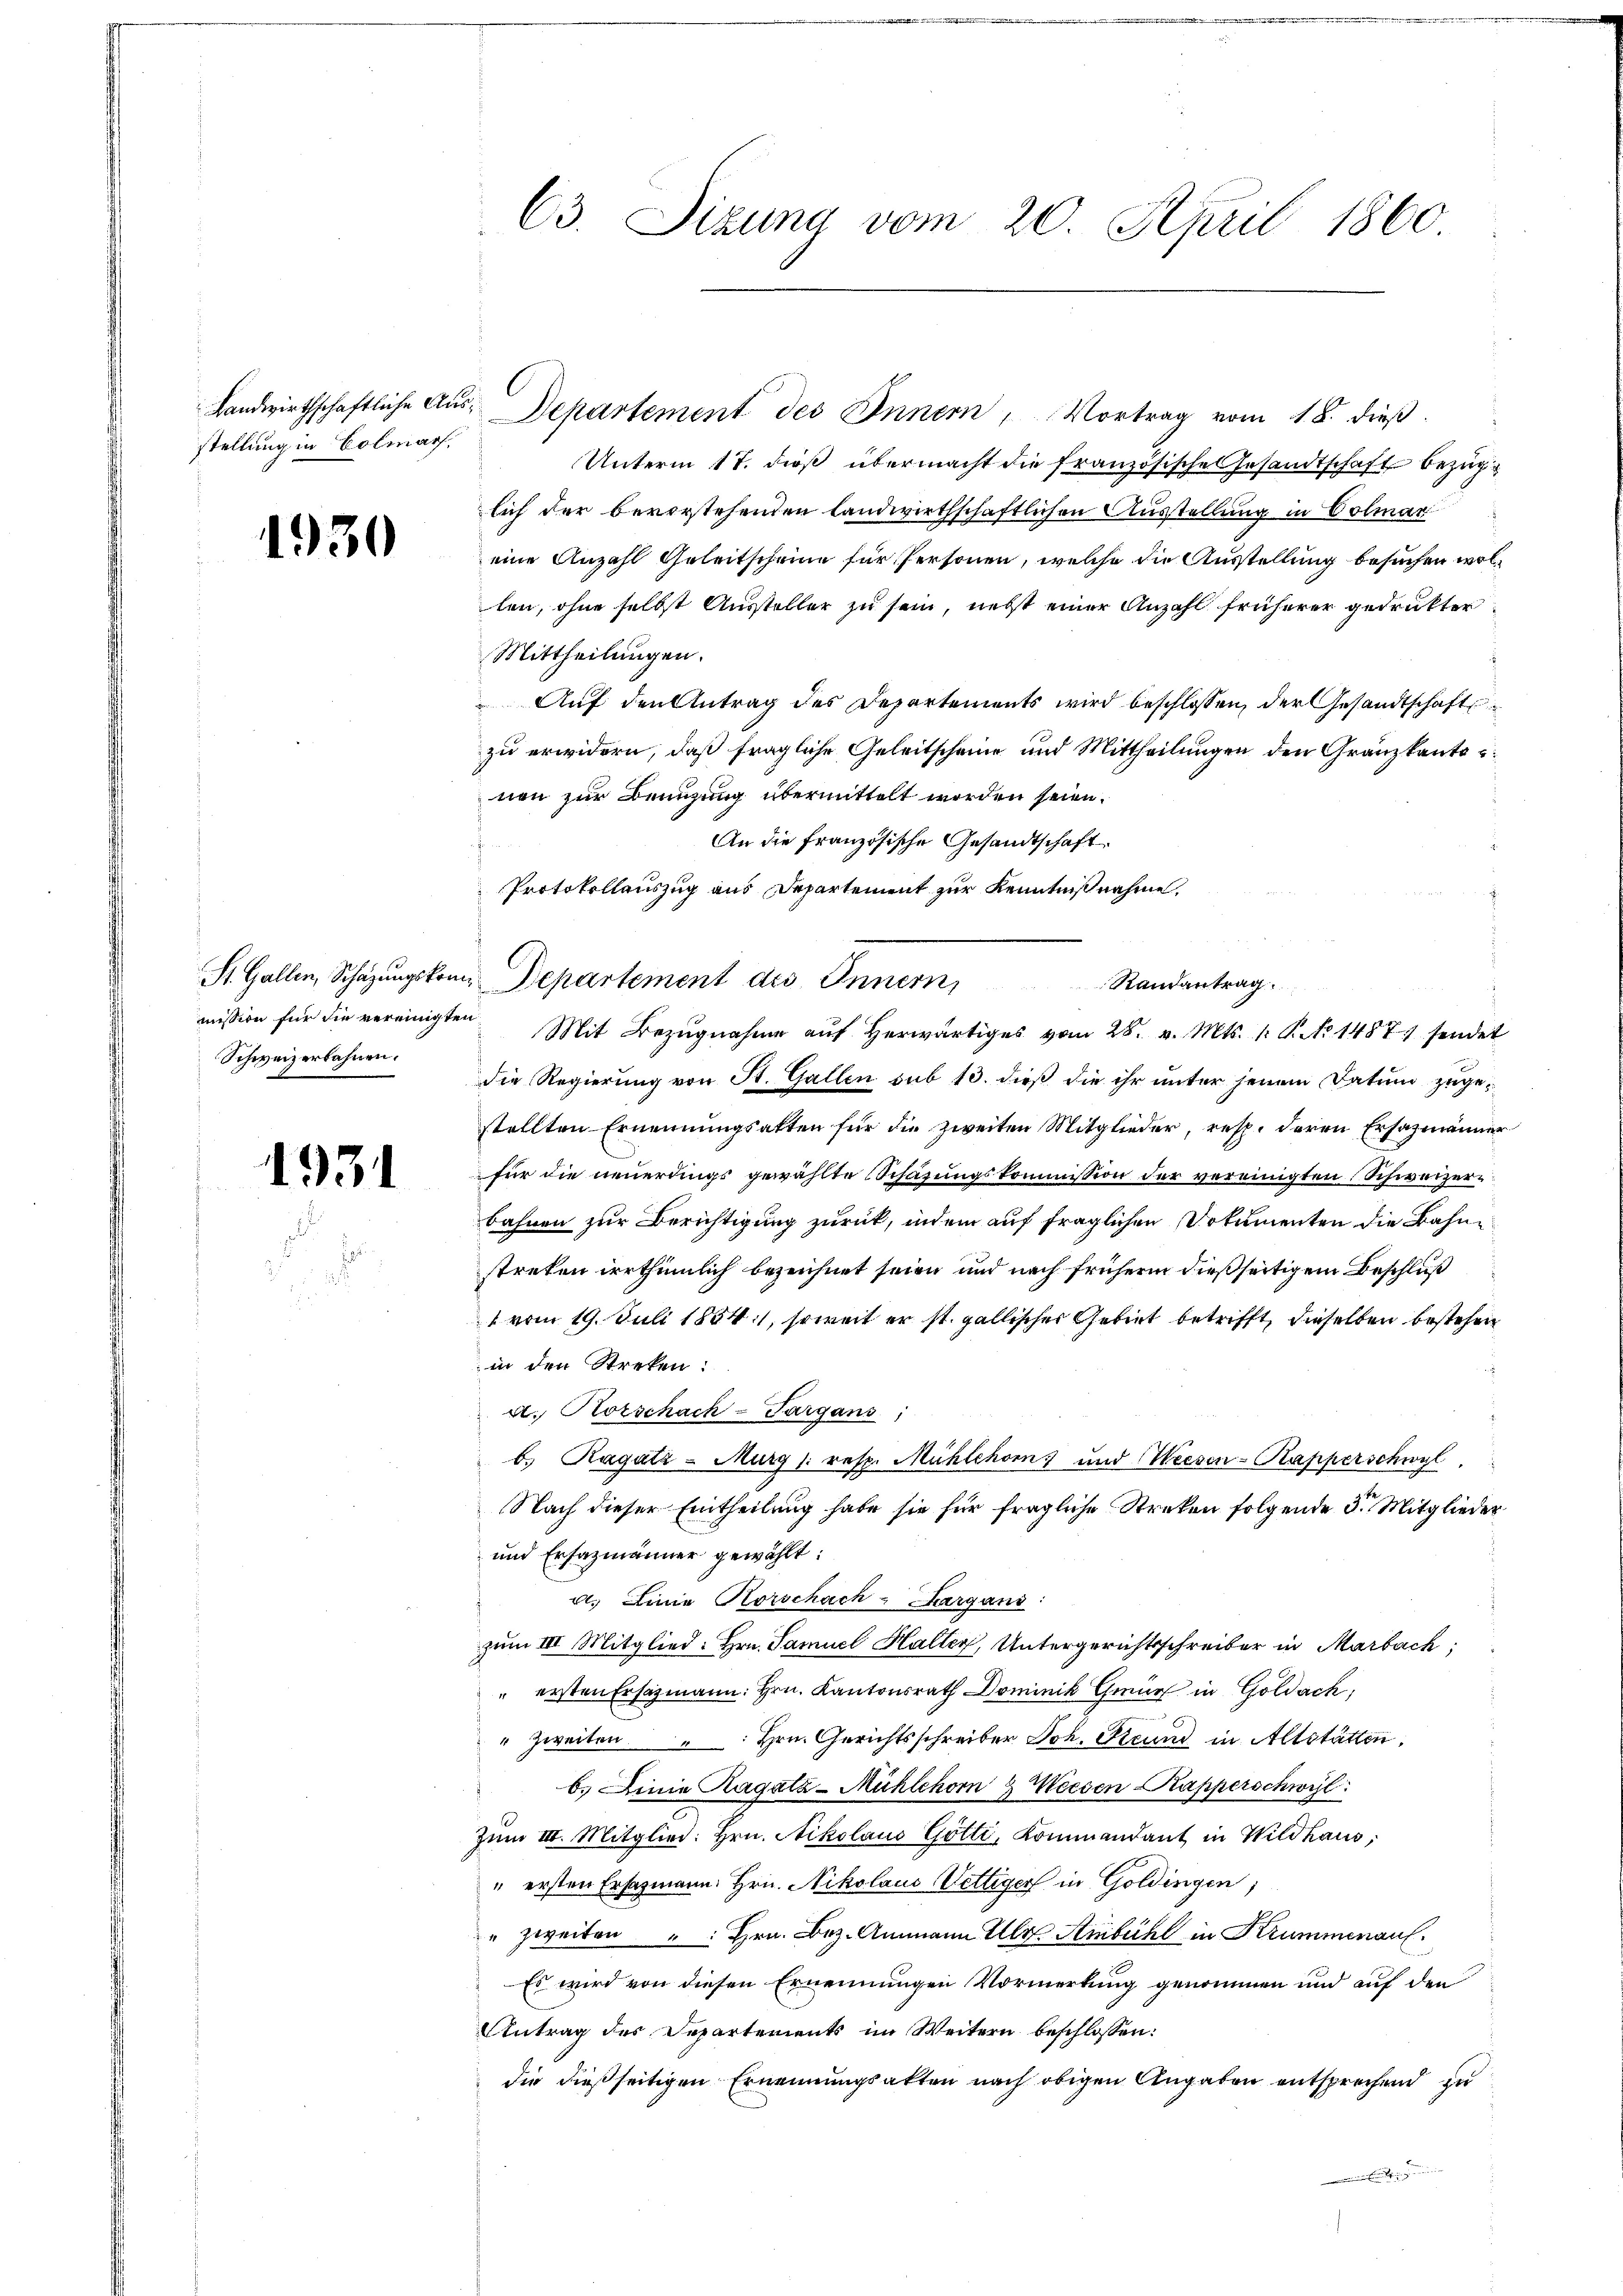
stellung in Colmar,

1930

Schweizerbahnen.

1931

Landwirthschaftliche Aŭs-Departement des Innern, Vortrag vom 18. dieβ.
Unterm 17. dieß übermacht die französische Gesandtschaft bezuglich der bevorstehenden Landwirthschaftlichen Ausstellung in Colmar
eine Anzahl Geleitscheine für Personen, welche die Ausstellung besuchen wollen, ohne selbst Aussteller zu sein, nebst einer Anzahl früherer gedruckter
Mittheilungen.
Auf den Antrag des Departements wird beschlossen, der Gesandtschaft
zu erwidern, daß fragliche Geleitscheine und Mittheilungen den Gränzkanto
nen zur Benuzung übermittelt werden seien.
An die französische Gesandtschaft
Protokollauszug aus Departement zur Kenntniß nahme,
St. Gallen, Schäzŭngskome Departement des Innern Randantrag.
mission für die vereinigten Mit Bezŭgnahme aŭf herwärtiges vom 28. v. Mts. 1. P. No 1487 sendet
die Regierung von St. Gallen sub 13. dieß die ihr unter jenem Datum zugestellten Ernennungsakten für die zweiten Mitglieder, resp. deren Ersatzmänner
für die neuerdings gewählte Schafungskommission der vereinigten Schweizerbahnen zur Berichtigung zurück, indem auf fraglichen Dokumenten die Bahnstreten irrthümlich bezeichnet seien und nach frühern dießseitigem Beschluß
1 vom 19. Juli 18541, soweit er st. gallisches Gebiet betrifft, dieselben bestehen
in den Streben:
d. Korschach-Targans,
b. Ragatz-Murg /: resp. Mühlehors und Weesen-Kapperschwyl
Nach dieser Eintheilung habe sie für fragliche Streken folgende 3. Mitglieder
und Ersazmänner gewählt:
rl. Linie Korschach- Sargani
zum III. Mitglied: Hrn. Samuel Haller, Untergerichtsschreiber in Marbach;
" ersten Ersatzmann Hrn. Kantonsrath Dominik Gmür in Goldach,
" Zweiten Hrn. Gerichtsschreiber Joh. Freund in Altstätten,
b. Linie Hagatz-Mühlehorn & Weesen-Kapperschwyl
Zum III. Mitglied: Hrn. Nikolaus Götti, Kommandant in Wildhaus;
" ersten Ersatzmann Hrn. Nikolaus Vettiger in Goldingen,
" zweiten " Hrn. Bez. Ammann Ulr. Ambühl in Krummenau
Es wird von diesen Ernennungen Vormerkung genommen und auf den
Antrag des Departements im Weitern beschlossen:
die dießseitigen Ernennungsakten nach obigen Angaben entsprechend zu

C3. Sizung vom 20. April 1860